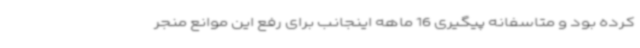
کرده بود و متاسفانه پیگیری 16 ماهه اینجانب برای رفع این موانع منجر